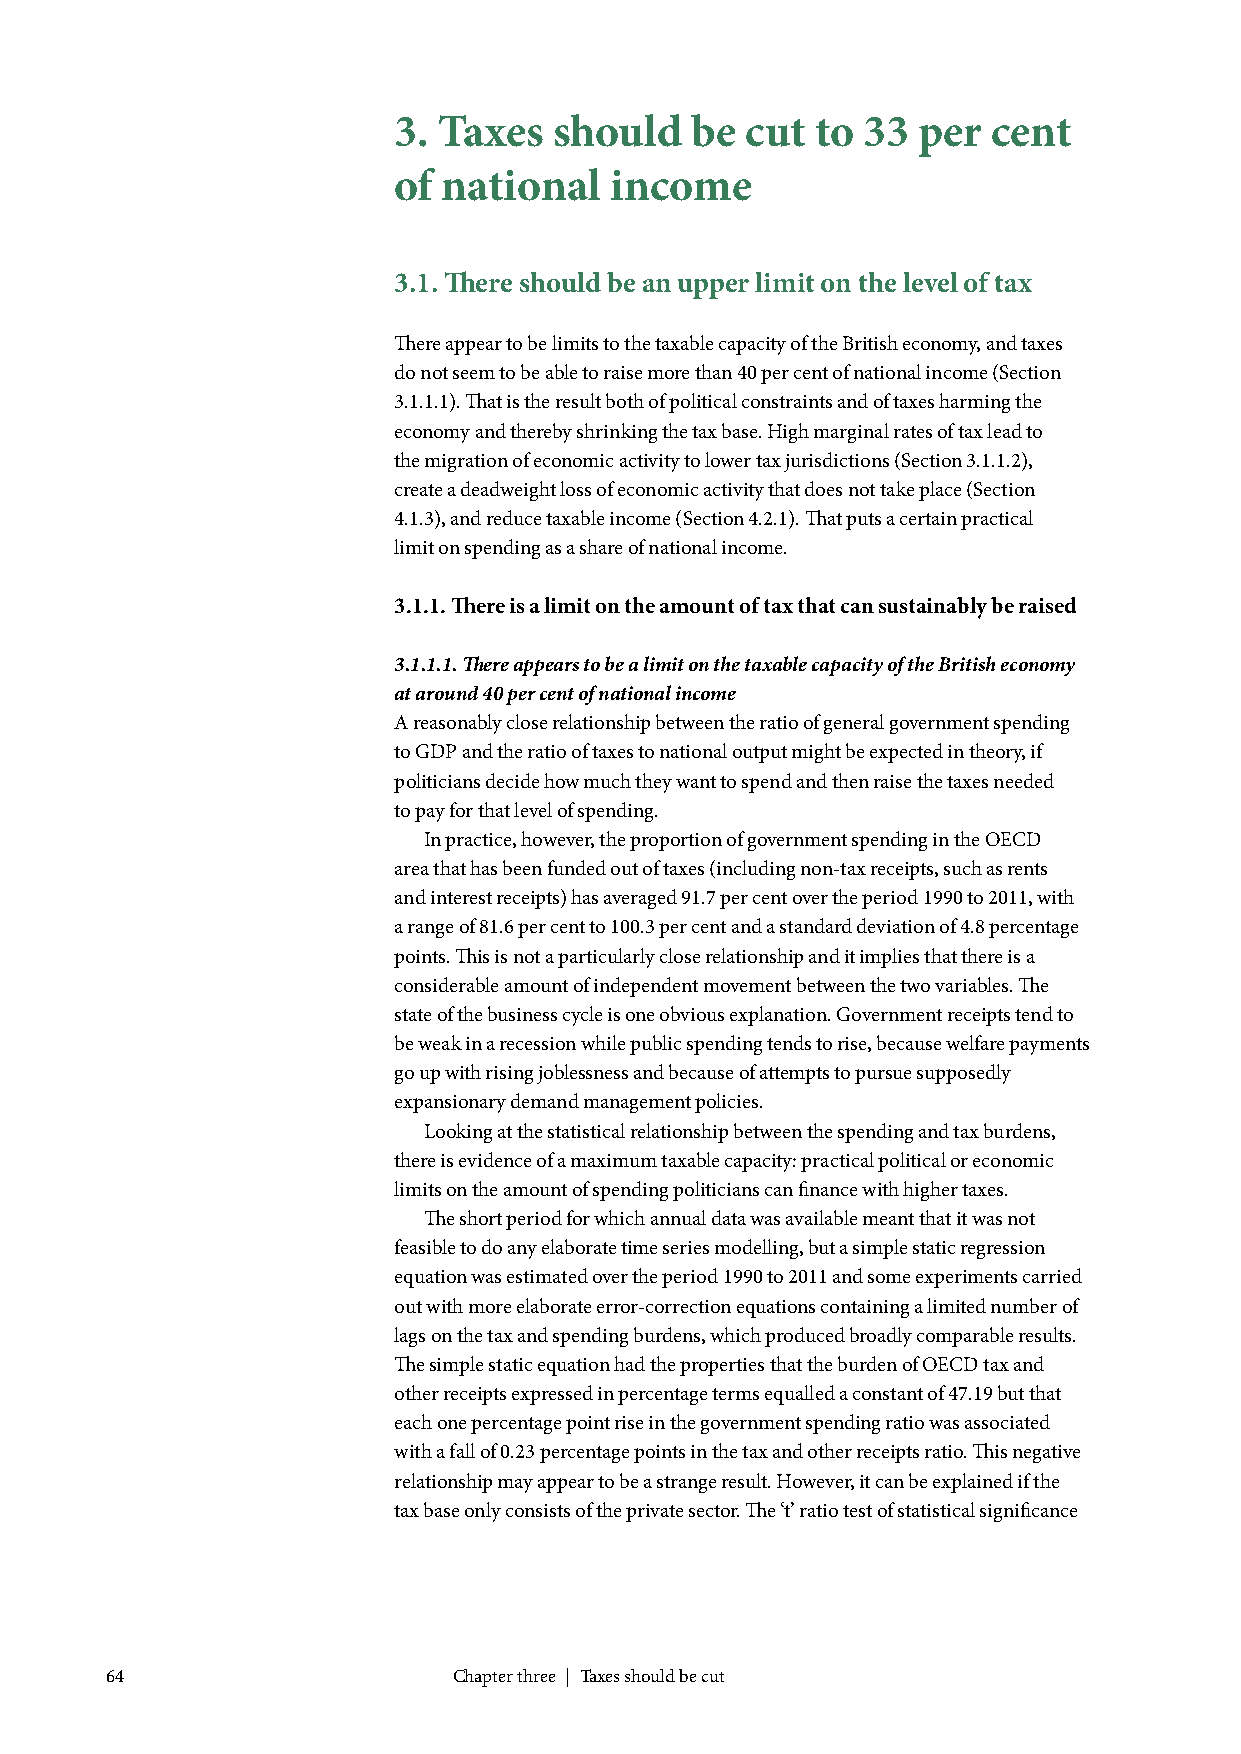
3. Taxes   should   be cut  to 33  per  cent
 of national   income
 3.1. There should be an upper limit on the level of tax
 There appear to be limits to the taxable capacity of the British economy, and taxes
 do not seem to be able to raise more than 40 per cent of national income (Section
 3.1.1.1). That is the result both of political constraints and of taxes harming the
 economy and thereby shrinking the tax base. High marginal rates of tax lead to
 the migration of economic activity to lower tax jurisdictions (Section 3.1.1.2),
 create a deadweight loss of economic activity that does not take place (Section
 4.1.3), and reduce taxable income (Section 4.2.1). That puts a certain practical
 limit on spending as a share of national income.
 3.1.1. There is a limit on the amount of tax that can sustainably be raised
 3.1.1.1. There appears to be a limit on the taxable capacity of the British economy
 at around 40 per cent of national income
 A reasonably close relationship between the ratio of general government spending
 to GDP and the ratio of taxes to national output might be expected in theory, if
 politicians decide how much they want to spend and then raise the taxes needed
 to pay for that level of spending.
 In practice, however, the proportion of government spending in the OECD
 area that has been funded out of taxes (including non-tax receipts, such as rents
 and interest receipts) has averaged 91.7 per cent over the period 1990 to 2011, with
 a range of 81.6 per cent to 100.3 per cent and a standard deviation of 4.8 percentage
 points. This is not a particularly close relationship and it implies that there is a
 considerable amount of independent movement between the two variables. The
 state of the business cycle is one obvious explanation. Government receipts tend to
 be weak in a recession while public spending tends to rise, because welfare payments
 go up with rising joblessness and because of attempts to pursue supposedly
 expansionary demand management policies.
 Looking at the statistical relationship between the spending and tax burdens,
 there is evidence of a maximum taxable capacity: practical political or economic
 limits on the amount of spending politicians can finance with higher taxes.
 The short period for which annual data was available meant that it was not
 feasible to do any elaborate time series modelling, but a simple static regression
 equation was estimated over the period 1990 to 2011 and some experiments carried
 out with more elaborate error-correction equations containing a limited number of
 lags on the tax and spending burdens, which produced broadly comparable results.
 The simple static equation had the properties that the burden of OECD tax and
 other receipts expressed in percentage terms equalled a constant of 47.19 but that
 each one percentage point rise in the government spending ratio was associated
 with a fall of 0.23 percentage points in the tax and other receipts ratio. This negative
 relationship may appear to be a strange result. However, it can be explained if the
 tax base only consists of the private sector. The ‘t’ ratio test of statistical significance
 64                     Chapter three | Taxes should be cut